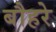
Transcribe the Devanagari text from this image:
बौहरे